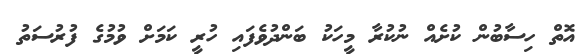
އޮތް ހިސާބުން ކުށެއް ނުކުރާ މީހަކު ބަންދުވެފައި ހުރީ ކަމަށް ވުމުގެ ފުރުސަތު